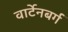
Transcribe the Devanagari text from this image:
वार्टेनबर्ग